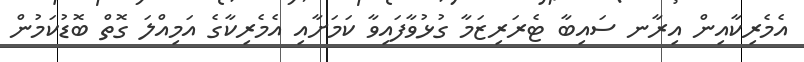
އެމެރިކާއިން އިރާނ ސައިބާ ޓެރަރިޒަމާ ގުޅުވާފައިވާ ކަމަށާއި އެމެރިކާގެ އަމިއްލަ ގޮތް ބޮޑުކަމުން